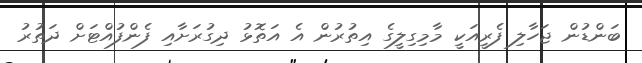
ބަންޑުން ޖަހާލި ފެރީއަކީ މާމިގިލީގެ އިތުރުން އެ އަތޮޅު ދިގުރަށާއި ފެންފުއްޓަށް ދަތުރު